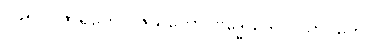
၁၉၅။ ပူဇာရဟေ ပူဇယတော၊ ဗုဒ္ဓေယဒိ ဝ သာဝကေ။